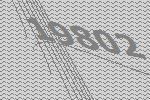
19802